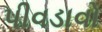
પીવડાવો